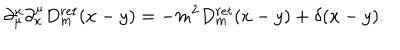
LaTeX: \partial _ { \mu } ^ { x } \partial _ { x } ^ { \mu } D _ { m } ^ { r e t } ( x - y ) = - m ^ { 2 } D _ { m } ^ { r e t } ( x - y ) + \delta ( x - y ) .